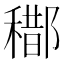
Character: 𨞒